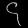
Digit: ၄